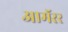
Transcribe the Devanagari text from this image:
आमॅरर